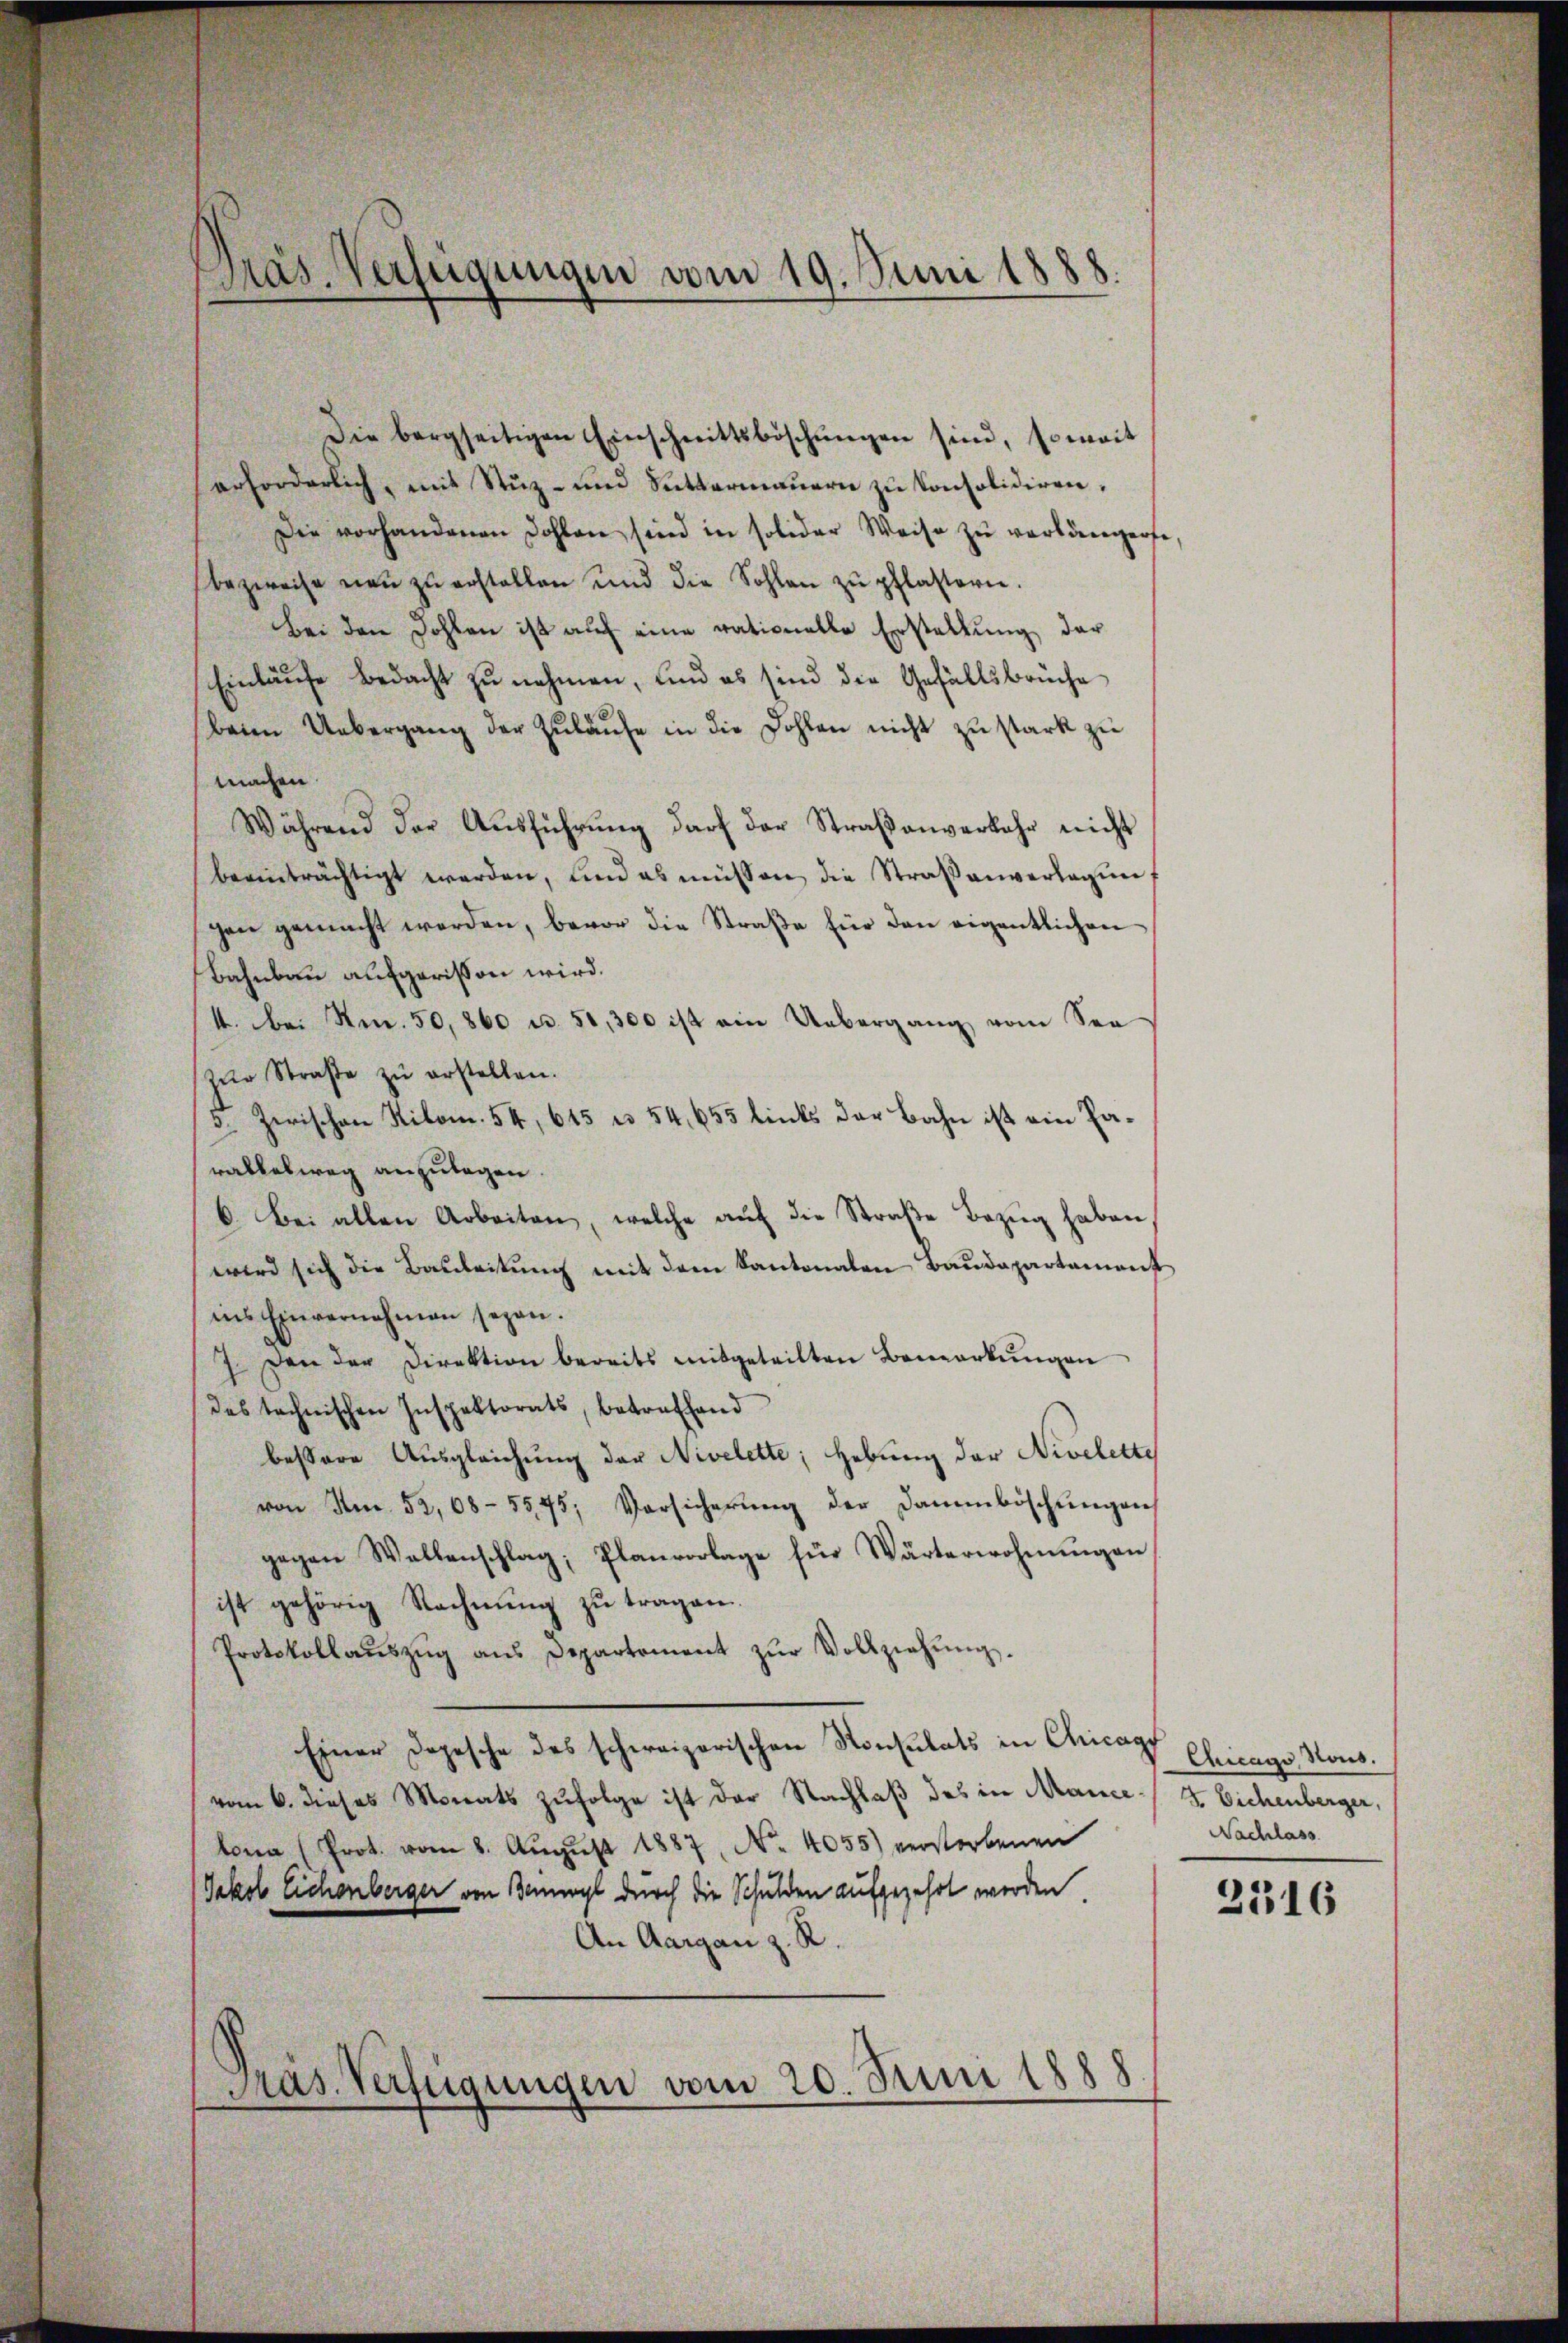
Präs. Verfügungen vom 19. Juni 1888.

Die bergseitigen Einschnittsböschŭngen sind, soweit
erforderlich, mit Stŭz- und Suttermauern zu konsolidiren,
Die vorhandenen Dohlen sind in solider Weise zŭ verlängerte
bezweife neŭ zŭ erstellen und die Sohlen zŭ pflastern.
Bei den Dohlen ist auf eine rationelle Erstellung der
Einläufe bedacht zu nehmen, und es sind die Gefällsbrüche
beim Uebergang der Zulaufe in die Dohlen nicht zu stark zu
machen.
Während der Aŭsführŭng darf der Straßenverkehr nicht
beeinträchtigt werden, und es müssen die Straßenverlegun
gen gemacht werden, bevor die Straβe für den eigentlichen
Bahnbau aufgerissen wird.
4. bei Nr. 50, 860 u. 50,300 ist ein Uebergang vom See
zŭr Straβe zŭ erstellen.
3. Zwischen Kilom. 54, 645 u. 54, 655 links der Bahn ist ein Parallesweg anzulegen.
6. Bei allen Arbeiten, welche auf die Straβe Bezug haben
wird sich die Bauleitung mit dem Kantonalen Baudepartement
ins Einvernehmen seyen.
7. Den der Direktion bereits mitgeteilten Bemerkŭngen
des technischen Inspektorats, betreffend
bessere Ausgleichung der Nivelette, Hebung der Nivelette
von Am 52,08-55,75; Vorsicherung der Dammböschungen
gegen Wallenschlag; Planvorlage für Wärterwohnungen
ist gehörig Rechnung zu tragen.
Protokollaŭszŭg ans Departement zŭr Vollziehŭng.
Einer Depesche des schweizerischen Konsulats in Chicagt Chicago Mons.
vom 6. dieses Monats zŭfolge ist der Nachlaβ des in Mance- & Eichenberger,
lona (Prot. vom 8. Aŭgŭst 1887, No. 4055) verstorbenen
Jakob Eichenberger von Benwyl durch die Schulden aufgezehrt werden.
An Aargau z. R.
Präs. Verfügungen vom 20. Juni 1888

Nachlass

2316